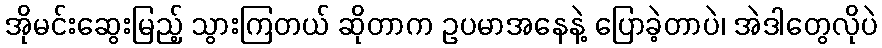
အိုမင်းဆွေးမြည့် သွားကြတယ် ဆိုတာက ဥပမာအနေနဲ့ ပြောခဲ့တာပဲ၊ အဲဒါတွေလိုပဲ